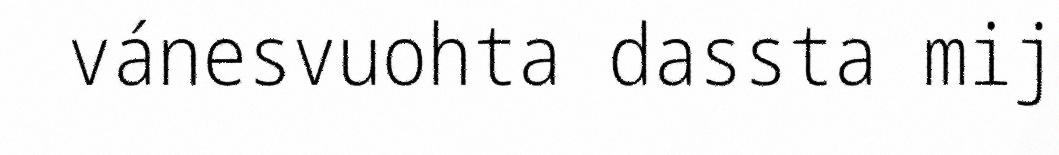
vánesvuohta dassta mij